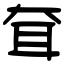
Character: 耷